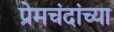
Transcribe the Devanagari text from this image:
प्रेमचंदांच्या